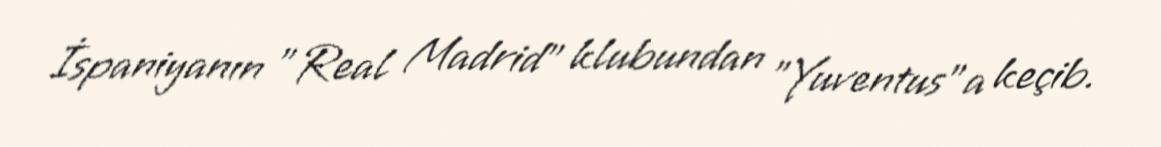
İspaniyanın "Real Madrid" klubundan "Yuventus"a keçib.